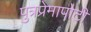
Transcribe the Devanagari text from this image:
पुत्रप्रेमापोटी